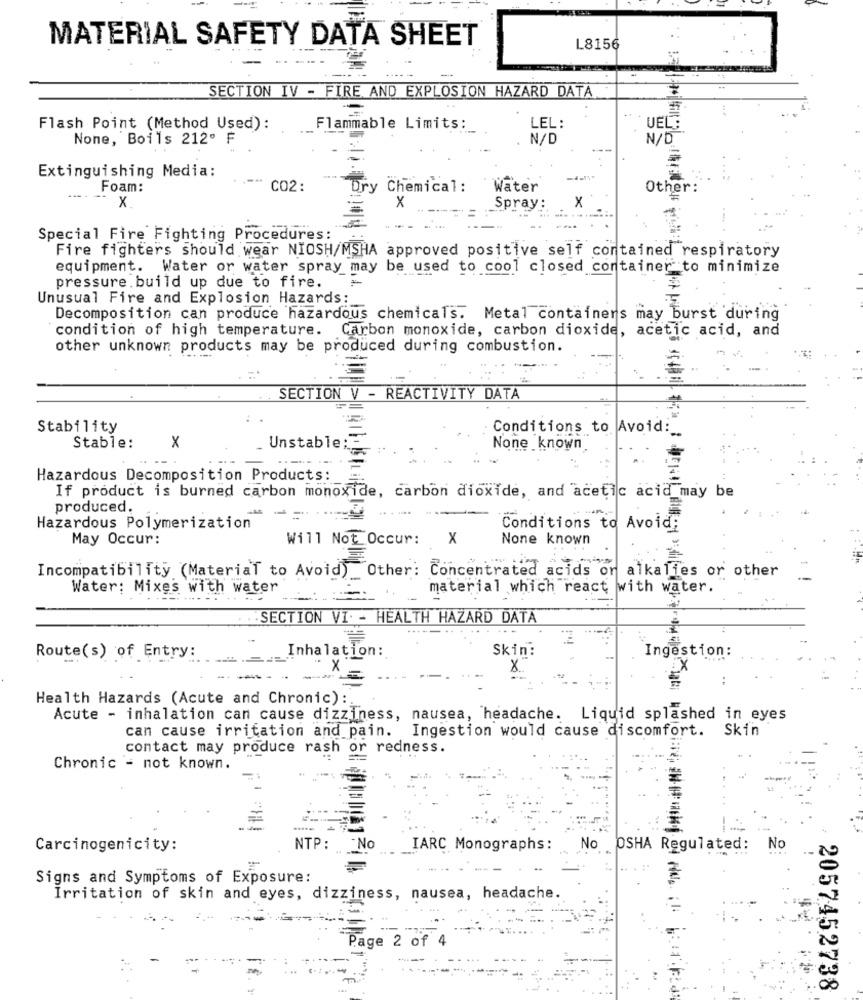
MATERIAL SAFETY DATA SHEET
L8156
SECTION IV - FIRE AND EXPLOSION HAZARD DATA
Flash Point (Method Used):
Flammable Limits :_
LEL:
UEL:
None, Boils 212º F
N/D
N/D
Extinguishing Media:
Foam:
CO2:
Dry Chemical:
Water
Other:
x.
x
Spray:
x
Special Fire Fighting Procedures:
Fire fighters should wear NIOSH/MSHA approved positive self contained respiratory
equipment. Water or water spray may be used to cool closed container to minimize
pressure. build up due to fire.
Unusual Fire and Explosion Hazards:
Decomposition can produce hazardous chemicals. Metal containers may burst during
condition of high temperature. Carbon monoxide, carbon dioxide, acetic acid, and
other unknown products may be produced during combustion.
SECTION V - REACTIVITY DATA
Stability
Conditions to Avoid:
Stable:
x
_ Unstable:
None known
Hazardous Decomposition Products:
If product is burned carbon monoxide, carbon dioxide, and acetic acid may be
produced.
---
Hazardous Polymerization
Conditions to Avoid;
May Occur:
Will Not Occur: X
None known
Incompatibility (Material to Avoid) Other: Concentrated acids or alkalies or other
Water: Mixes with water
material which react with water.
SECTION VI. - HEALTH HAZARD DATA
.....
Inhalation:
Skin:
Route(s) of Entry:
Ingestion:
X
IX
Health Hazards (Acute and Chronic) :.
Acute - inhalation can cause dizziness, nausea, headache. Liquid splashed in eyes
can cause irritation and pain. Ingestion would cause discomfort. Skin
contact may produce rash or redness.
Chronic - not known.
Carcinogenicity:
NTP:
-No
IARC Monographs:
No
OSHA Regulated: No
Signs and Symptoms of Exposure:
Irritation of skin and eyes, dizziness, nausea, headache.
Page 2 of 4
2057452738